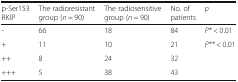
<table><thead><tr><td><b>p-Ser153 RKIP</b></td><td><b>The radioresistant group (<i>n</i> = 90)</b></td><td><b>The radiosensitive group (<i>n</i> = 90)</b></td><td><b>No. of patients</b></td><td><b><i>p</i></b></td></tr></thead><tbody><tr><td>-</td><td>66</td><td>18</td><td>84</td><td><i>P*</i> &lt; 0.01</td></tr><tr><td>+</td><td>11</td><td>10</td><td>21</td><td rowspan="3"><i>P**</i> &lt; 0.01</td></tr><tr><td>++</td><td>8</td><td>24</td><td>32</td></tr><tr><td>+++</td><td>5</td><td>38</td><td>43</td></tr></tbody></table>